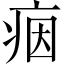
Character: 𤶑